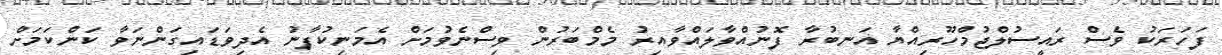
ފަހަރަކު ވެސް ރައީސުލްޖުމްހޫރިއްޔާ އަނބުރާ ފޮނުއްވާލައްވާއިރު މެމްބަރުން ވިސްނެވުމަށް އެމަނިކުފާނު އެދިވަޑައިގަންނަވާ ކަންކަމަށް